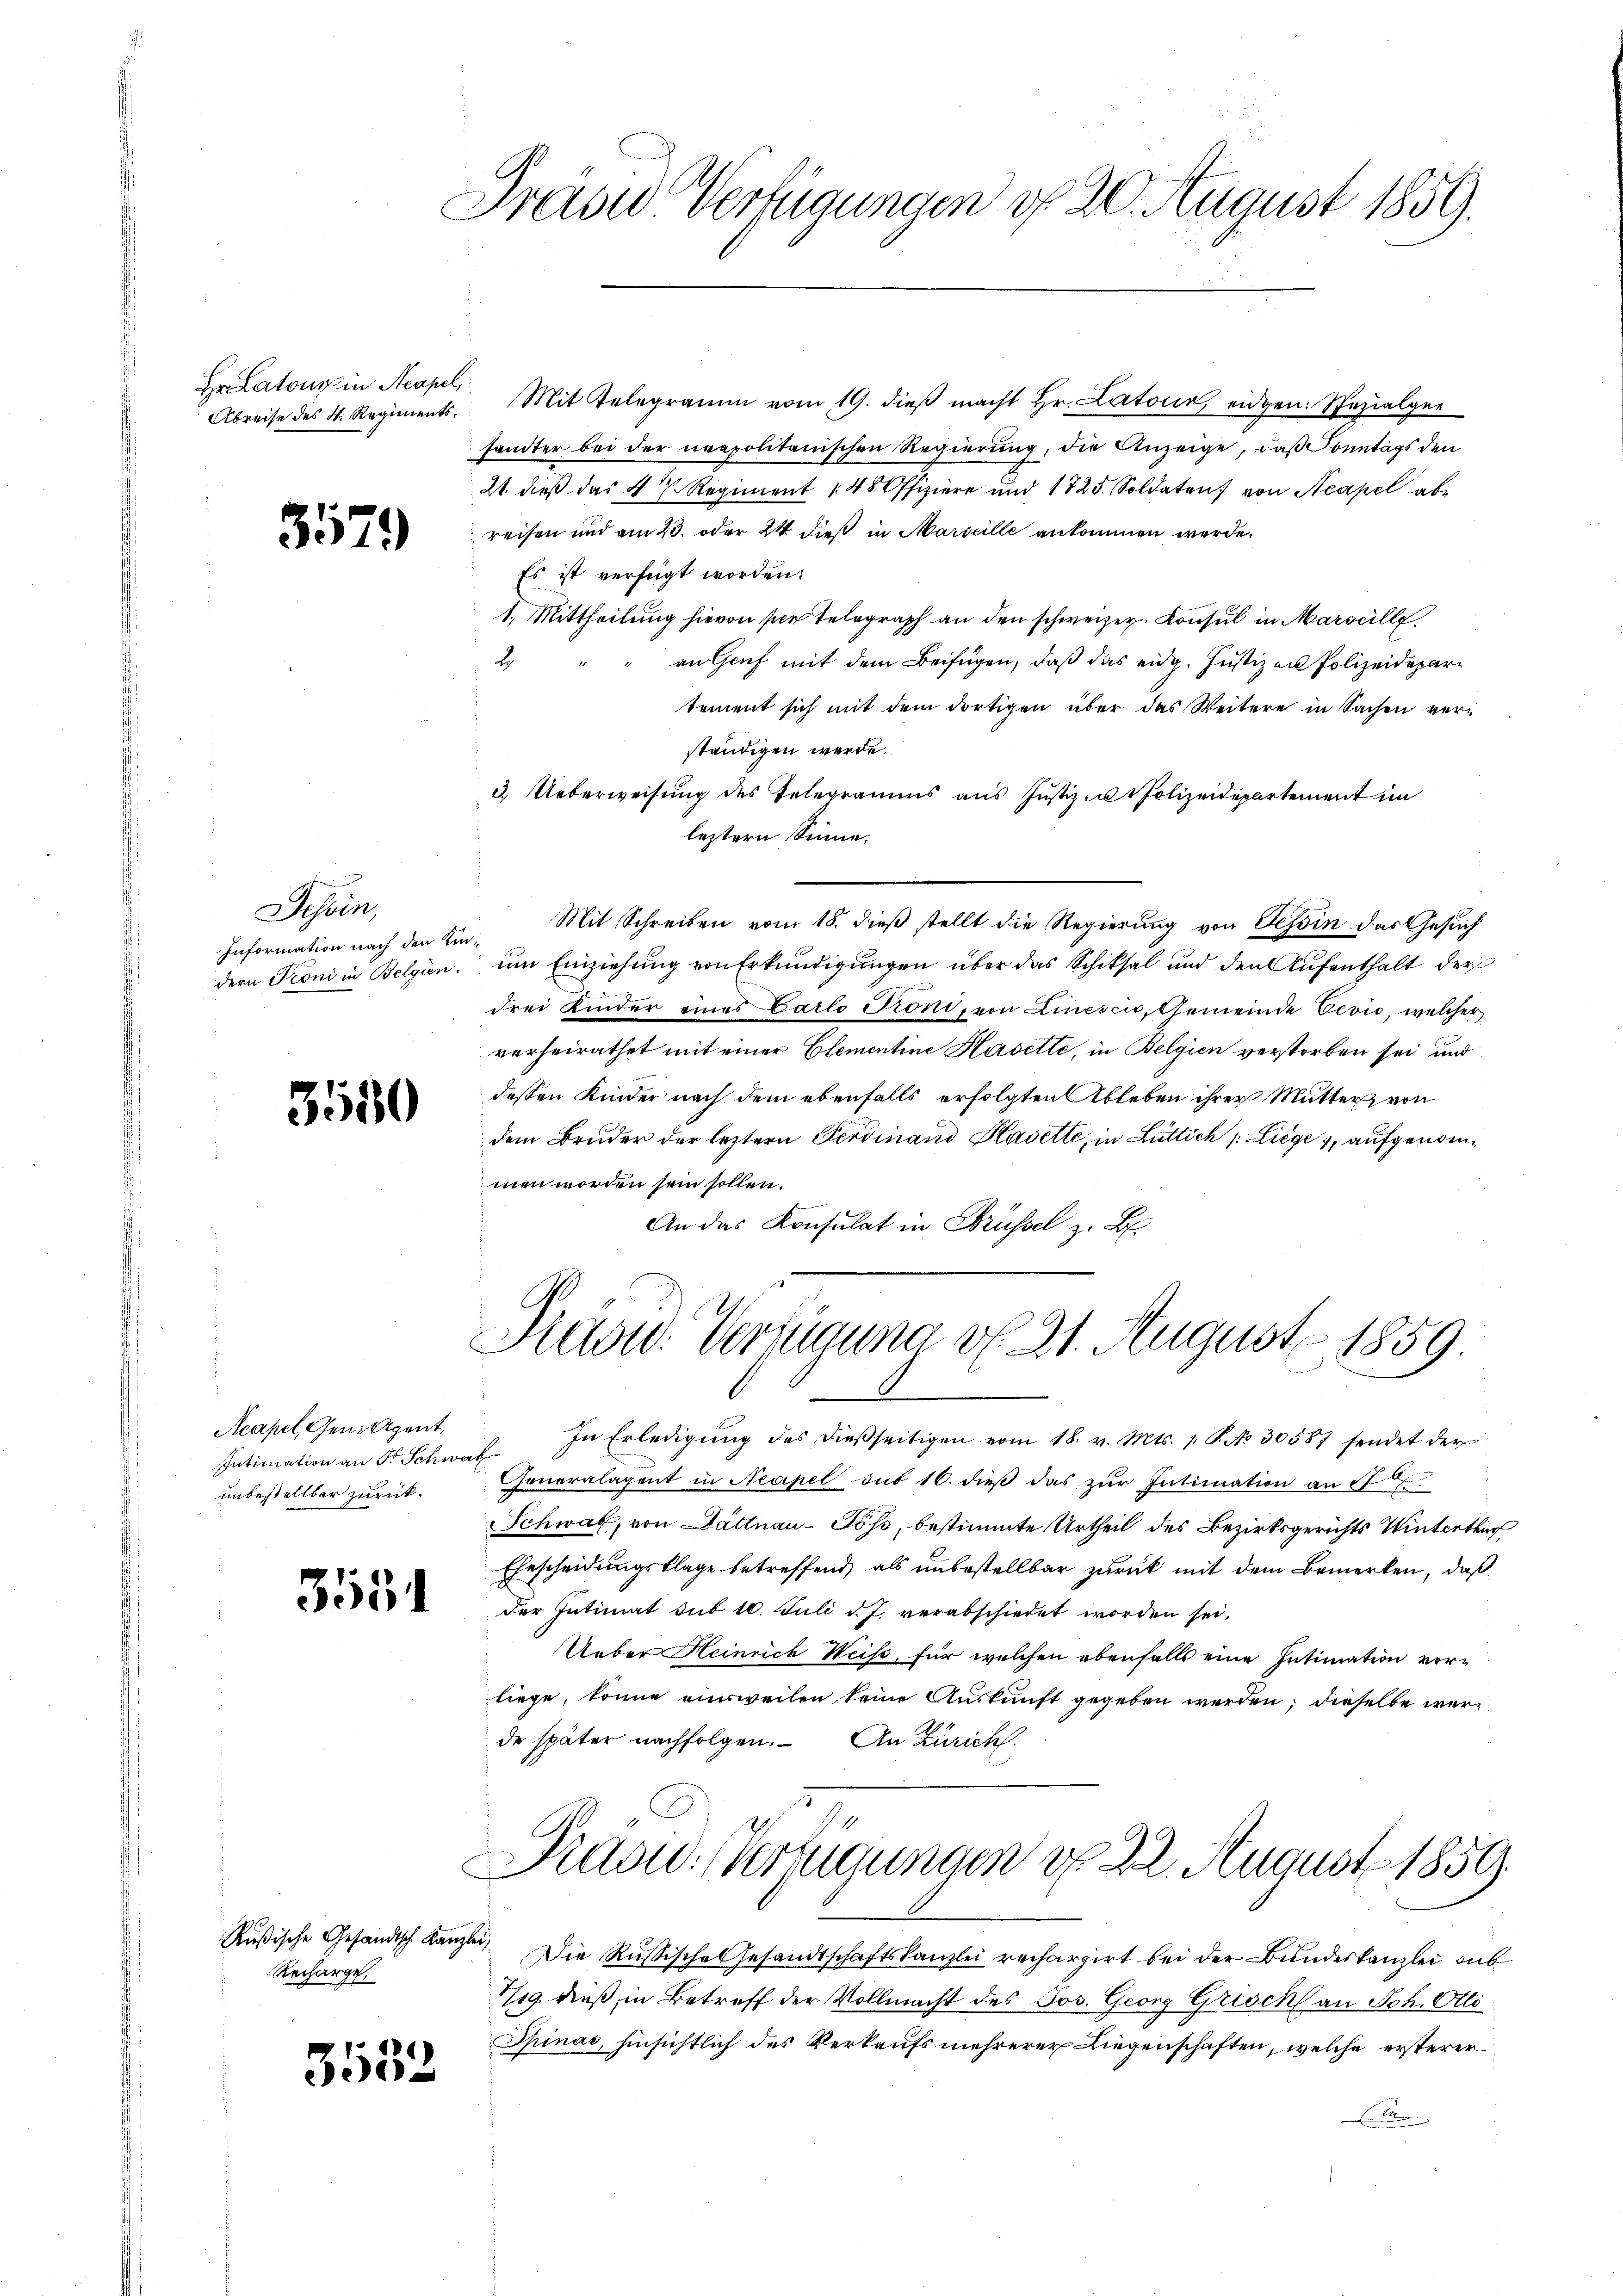
Hr. Latour in Neapel

3579

Sehen,
Information nach den Kin¬

3550

Acapel, Gemeigent
unbestellbar zurück.

355

Rußische Gesandtsch. Kanzlei,
Recharge.

3532

Frase Verfügungen d. 20. August 1859.

Abreise des H. Regiments. Mit Gelegramm vom 19. dieβ macht Hr. Latour, eidgen: Spezialger
hanter bei der neapolitanischen Regierung, die Anzeige, daß Sonntags den
21. dieß das 47. Regiment 14 Offiziere und 1725. Soldaten, von Neapel ab
reisen und am 23. oder 24 dieß in Marseille ankommen werde.
Es ist verfügt worden.
1.) Mittheilung hievon sie Telegraph an den schweizer. Konsul in Marseille.
2
an Genf mit dem Beifügen, daß das eidg. Justiz am Polizeidepartement sich mit dem dortigen über das Weitere in Sachen verständigen werde.
3. Ueberweisung des Telegramms aus Justiz zu Polizeidepartement im
leztern Sinne.
Mit Schreiben vom 18. dieß stellt die Regierung von Tessin das Gesuch
dern Froni in Belgien, um Einziehung von Erkundigungen über das Schiksal und den Aufenthalt der
drei Kinder eines Carlo Pröni, von Linesci, Gemeinde Vević, welcher
verheirathet mit einer Elementine Hasette, in Belgien verstorben sei und
dessen Kinder nach dem ebenfalls erfolgten Ableben ihrer Mutter von
dem Bruder der leztern Ferdinand Kasette, in Luttich / Liege, aufgenommen worden sein sollen.
An das Konsulat in Brüssel z. B.

Intimation an 5 Schweiz. In Erledigŭng des dießseitigen vom 18. v. Mts. 1. P. No. 30587 sendet der
Generalagent in Neapel sub 16. dieβ das zŭr Intimation an 17t
Schwab, von Dättnau-Söss, bestimmte Urtheil des Bezirksgerichts Winterthur
Ehescheidungsklage betreffend, als unbestellbar zurück mit dem Bemerken, daß
der Intimat sub 10. Juli d. J. verabschiedet worden sei.
Ueber Heinrich Weise, für welchen ebenfalls eine Intimation vorliege, könne einsweilen keine Auskunft gegeben werden; dieselbe werde später nachfolgen. An Zürich.

Prast. Verfügung v. 21. August 1859.

Pradd. (Verzugungen d. 22. August 1859.

Die Russische Gesandtschaftskanzlei rechargirt bei der Bundeskanzlei aus
7/19. dieß, in Betreff der Vollmacht des Jos. Georg Grisch an Joh. Otti¬
Spinac, hinsichtlich des Verkaufs mehrerer Liegenschaften, welche ersterer
.